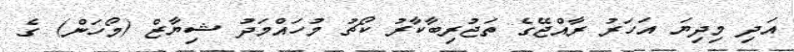
އަދި މިދިޔަ އަހަރު ރާއްޖޭގެ ތަޖުރިބާކާރު ކޯޗު މުހައްމަދު ޝިޔާޒް (މޯހަން) ގެ